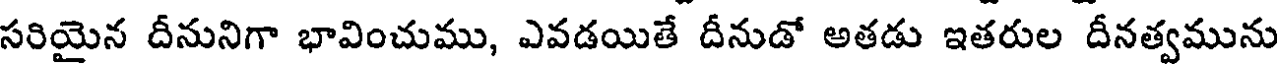
సరియైన దీనునిగా భావించుము, ఎవడయితే దీనుడో అతడు ఇతరుల దీనత్వమును